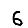
Digit: 6